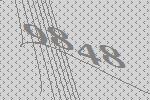
9848